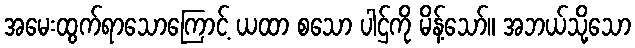
အမေးထွက်ရာသောကြောင့် ယထာ စသော ပါဌ်ကို မိန့်သော်။ အဘယ်သို့သော